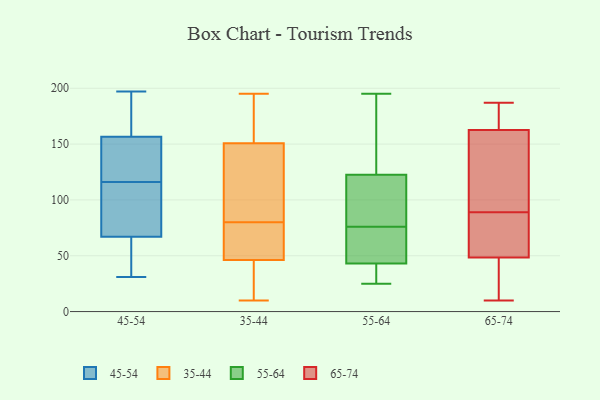
{"axis": {"x": "Page Views", "y": "Value"}, "legend": ["35-44", "45-54", "55-64", "65-74"], "data": [{"x": "", "y": 124, "type": "45-54"}, {"x": "", "y": 31, "type": "45-54"}, {"x": "", "y": 44, "type": "45-54"}, {"x": "", "y": 58, "type": "45-54"}, {"x": "", "y": 60, "type": "45-54"}, {"x": "", "y": 197, "type": "45-54"}, {"x": "", "y": 143, "type": "45-54"}, {"x": "", "y": 170, "type": "45-54"}, {"x": "", "y": 192, "type": "45-54"}, {"x": "", "y": 108, "type": "45-54"}, {"x": "", "y": 179, "type": "45-54"}, {"x": "", "y": 79, "type": "45-54"}, {"x": "", "y": 135, "type": "45-54"}, {"x": "", "y": 126, "type": "45-54"}, {"x": "", "y": 82, "type": "45-54"}, {"x": "", "y": 33, "type": "45-54"}, {"x": "", "y": 74, "type": "45-54"}, {"x": "", "y": 93, "type": "45-54"}, {"x": "", "y": 192, "type": "45-54"}, {"x": "", "y": 127, "type": "45-54"}, {"x": "", "y": 10, "type": "35-44"}, {"x": "", "y": 62, "type": "35-44"}, {"x": "", "y": 195, "type": "35-44"}, {"x": "", "y": 162, "type": "35-44"}, {"x": "", "y": 41, "type": "35-44"}, {"x": "", "y": 154, "type": "35-44"}, {"x": "", "y": 93, "type": "35-44"}, {"x": "", "y": 80, "type": "35-44"}, {"x": "", "y": 69, "type": "35-44"}, {"x": "", "y": 13, "type": "35-44"}, {"x": "", "y": 141, "type": "35-44"}, {"x": "", "y": 121, "type": "55-64"}, {"x": "", "y": 76, "type": "55-64"}, {"x": "", "y": 81, "type": "55-64"}, {"x": "", "y": 26, "type": "55-64"}, {"x": "", "y": 149, "type": "55-64"}, {"x": "", "y": 45, "type": "55-64"}, {"x": "", "y": 37, "type": "55-64"}, {"x": "", "y": 49, "type": "55-64"}, {"x": "", "y": 64, "type": "55-64"}, {"x": "", "y": 133, "type": "55-64"}, {"x": "", "y": 32, "type": "55-64"}, {"x": "", "y": 195, "type": "55-64"}, {"x": "", "y": 25, "type": "55-64"}, {"x": "", "y": 71, "type": "55-64"}, {"x": "", "y": 108, "type": "55-64"}, {"x": "", "y": 87, "type": "55-64"}, {"x": "", "y": 127, "type": "55-64"}, {"x": "", "y": 10, "type": "65-74"}, {"x": "", "y": 54, "type": "65-74"}, {"x": "", "y": 89, "type": "65-74"}, {"x": "", "y": 179, "type": "65-74"}, {"x": "", "y": 109, "type": "65-74"}, {"x": "", "y": 147, "type": "65-74"}, {"x": "", "y": 185, "type": "65-74"}, {"x": "", "y": 55, "type": "65-74"}, {"x": "", "y": 158, "type": "65-74"}, {"x": "", "y": 58, "type": "65-74"}, {"x": "", "y": 176, "type": "65-74"}, {"x": "", "y": 187, "type": "65-74"}, {"x": "", "y": 100, "type": "65-74"}, {"x": "", "y": 84, "type": "65-74"}, {"x": "", "y": 32, "type": "65-74"}, {"x": "", "y": 28, "type": "65-74"}, {"x": "", "y": 28, "type": "65-74"}]}